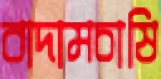
বাদামচাষি